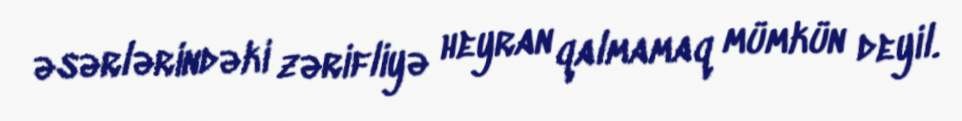
əsərlərindəki zərifliyə heyran qalmamaq mümkün deyil.